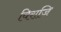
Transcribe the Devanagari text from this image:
विराजि